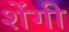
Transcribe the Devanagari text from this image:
शेंगी